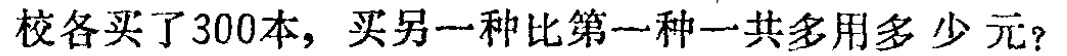
校各买了300本，买另一种比第一种一共多用多少元？